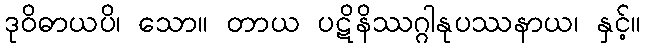
ဒုဝိဓာယပိ၊ သော။ တာယ ပဋိနိဿဂ္ဂါနုပဿနာယ၊ နှင့်။